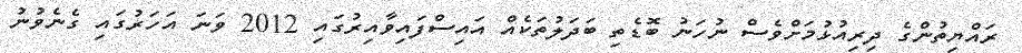
ރައްޔިތުންގެ ދިރިއުޅުމަށްވެސް ނުހަނު ބޮޑެތި ބަދަލުތަކެއް އައިސްފައިވާއިރުގައި 2012 ވަނަ އަހަރުގައި ގެނެވުނު